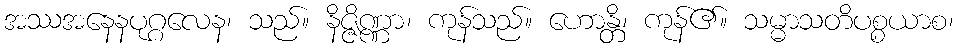
အဿအနေနပုဂ္ဂလေန၊ သည်။ နိဇ္ဇိဏ္ဏာ၊ ကုန်သည်။ ဟောန္တိ၊ ကုန်၏။ သမ္မာသတိပစ္စယာစ၊